Report on certain features of malaria in the island of Salsette
Disease focus: Malaria
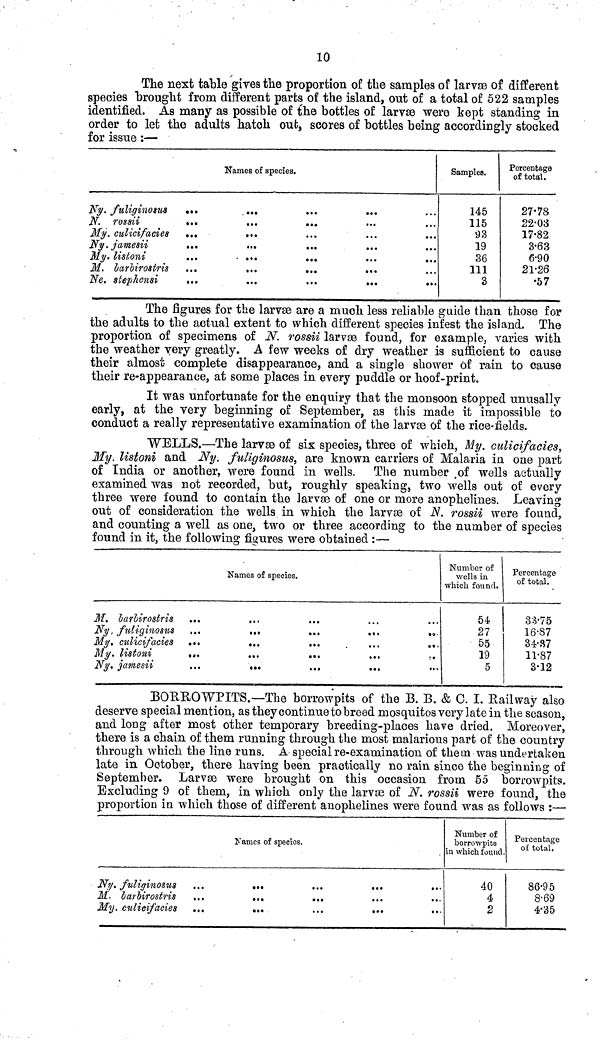
10
The next table gives the proportion of the samples of larvæ of different
species brought from different parts of the island, out of a total of 522 samples
identified. As many as possible of the bottles of larvae were kept standing in
order to let the adults hatch out, scores of bottles being accordingly stocked
for issue:—
Names of species.
Ny. fuliginosus
N. rossii
My. culicifacies
Ny. jamesii
My. listoni
M. barbirostris
Ne. stephensi
Samples.
145
115
93
19
36
111
3
Percentage
of total.
27•78
22•03
17•82
3•63
6•90
21•26
•57
The figures for the larvæ are a much less reliable guide than those for
the adults to the actual extent to which different species infest the island. The
proportion of specimens of N. rossii larvæ found, for example, varies with
the weather very greatly. A few weeks of dry weather is sufficient to cause
their almost complete disappearance, and a single shower of rain to cause
their re-appearance, at some places in every puddle or hoof-print.
It was unfortunate for the enquiry that the monsoon stopped unusally
early, at the very beginning of September, as this made it impossible to
conduct a really representative examination of the larvæ of the rice-fields.
WELLS.—The larvæ of six species, three of which, My. culicifacies,
My. listoni and Ny. futiginosus, are known carriers of Malaria in one part
of India or another, were found in wells. The number .of wells actually
examined was not recorded, but, roughly speaking, two wells out of every
three were found to contain the larvae of one or more anophelines. Leaving
out of consideration the wells in which the larvae of N. rossii were found,
and counting a well as one, two or three according to the number of species
found in it, the following figures were obtained :—
Names of species.
M. larlirostris
Ny , fuliginosus
.
...
..
My, culicifacies
.
..
...
My. listoni
...
..
Ny. jamesii
.
..
Number of
wells in
which found.
54
27
55
19
5
Percentage
of total.
33•75
16•87
34•87
11•87
3•12
BOBROWTITS.—The borrowpits of the B. B. & C. I. Railway also
deserve special mention, as they continue to breed mosquitos very late in the season,
and long after most other temporary breeding-places have dried. Moreover,
there is a chain of them running through the most malarious part of the country
through which the line runs. A special re-examination of them was undertaken
late in October, there having been practically no rain since the beginning of
September. Larvæ were brought on this occasion from 55 borrowpits.
Excluding 9 of them, in which only the larvae of N. rossii were found, the
proportion in which those of different anophelines were found was as follows :—
Names of species.
Ny. fuliginosus
...
...
M, barbirostris ...
...
...
My. culicifacies ...
...
...
...
...
Number of
borrowpits
in which found.
40
4.
2
Percentage
of total.
86•95
8•69
4•35